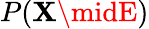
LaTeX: P(\mathbf{X}\midE)